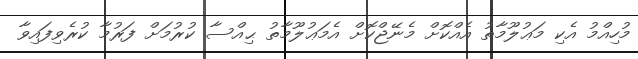
މުހިއްމު އެކި މަޢުލޫމާތު އެއްކޮށް މެނޭޖްކޮށް އެމަޢުލޫމާތު ޙިއްސާ ކުރުމަށް ފަރުމާ ކުރެވިފައިވާ